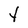
Character: Y